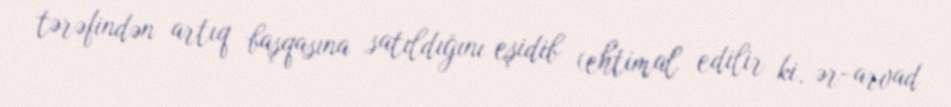
tərəfindən artıq başqasına satıldığını eşidib (ehtimal edilir ki, ər-arvad